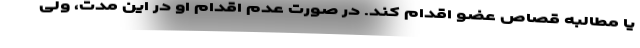
یا مطالبه قصاص عضو اقدام کند. در صورت عدم اقدام او در این مدت، ولی